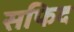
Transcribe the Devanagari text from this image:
सफिद